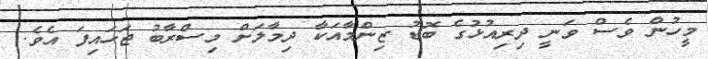
މީހުން ވެސް ވަނީ ދިރިއުޅުގެ ބޮޑު ޒިންމާއަކާ ދިމާލަށް މިސްރާބު ޖަހައިފަ އެވެ.